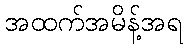
အထက်အမိန့်အရ